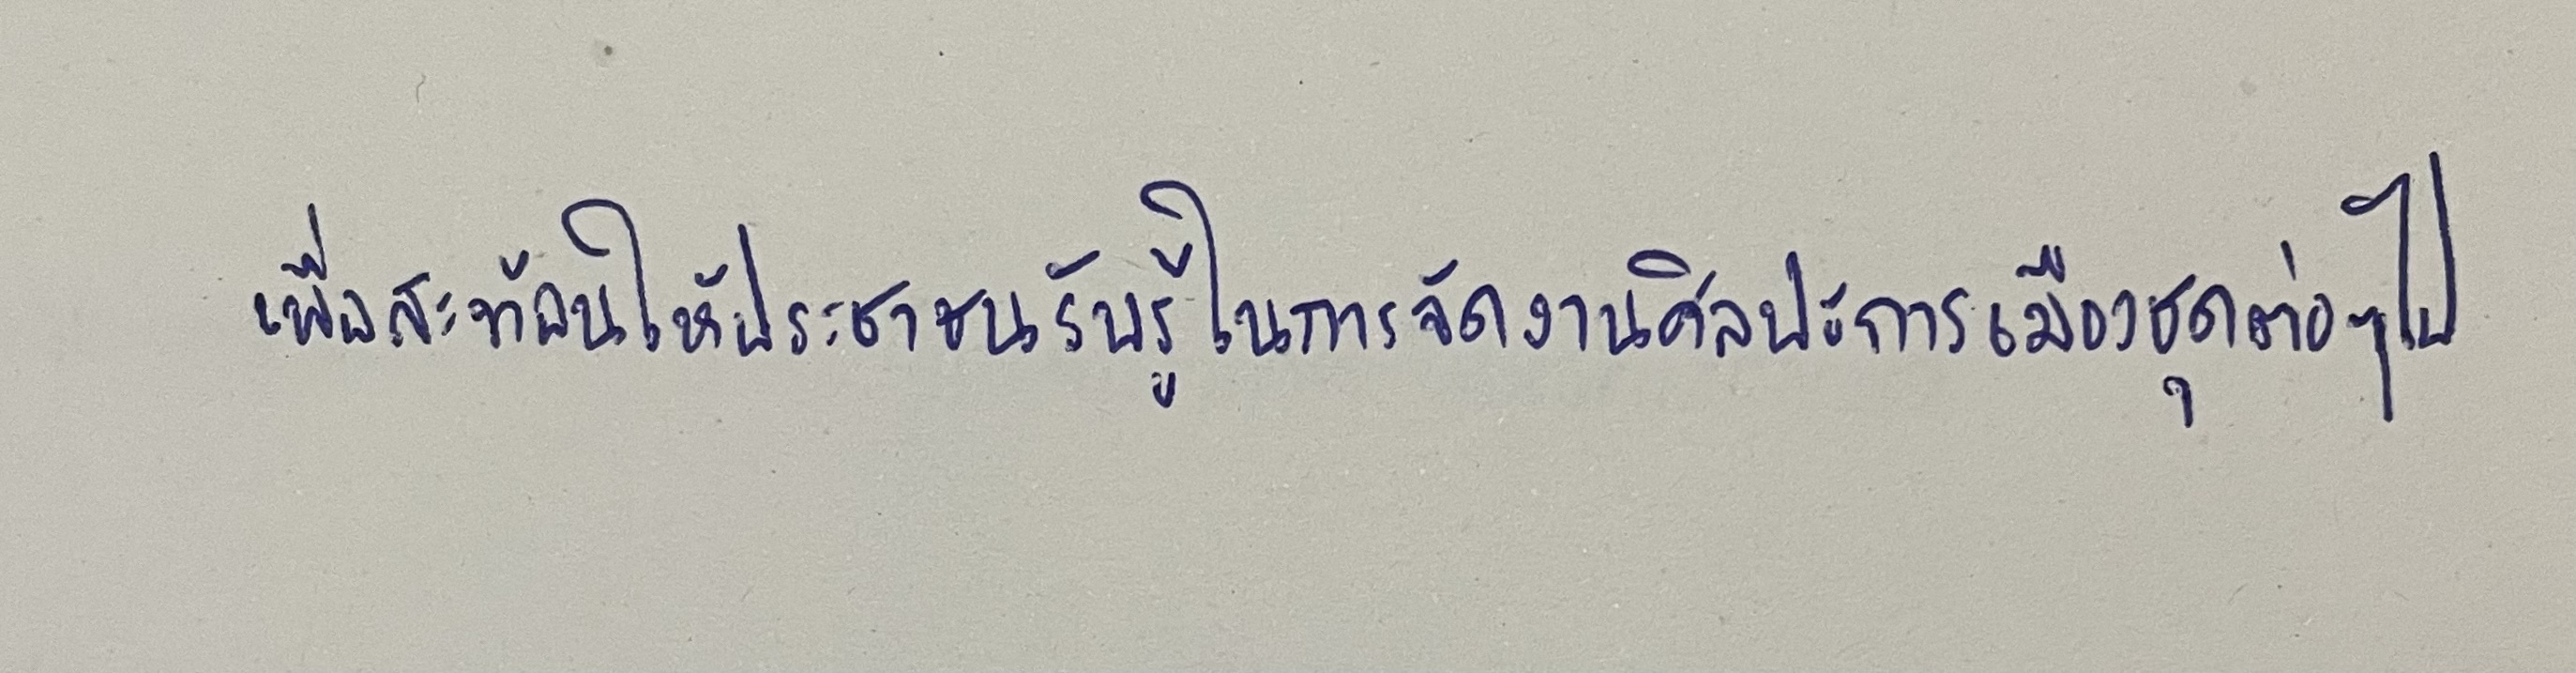
เพื่อสะท้อนให้ประชาชนรับรู้ในการจัดงานศิลปะการเมืองชุดต่อๆ ไป